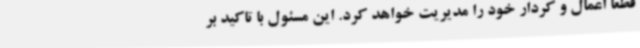
قطعا اعمال و کردار خود را مدیریت خواهد کرد. این مسئول با تاکید بر